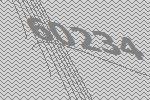
60234